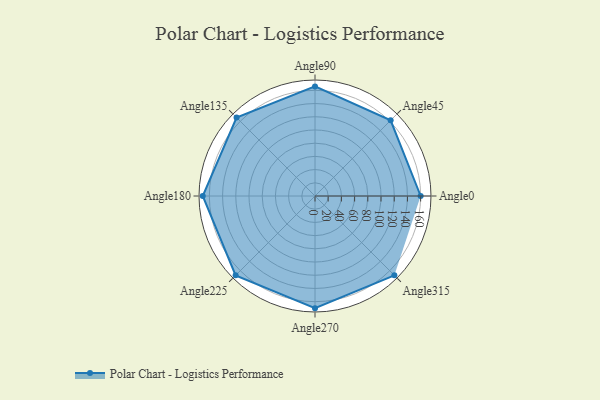
{"axis": {"x": "Angle", "y": "Radius"}, "legend": [""], "data": [{"x": "Angle0", "y": 160.0, "type": ""}, {"x": "Angle45", "y": 162.0, "type": ""}, {"x": "Angle90", "y": 166.0, "type": ""}, {"x": "Angle135", "y": 168.0, "type": ""}, {"x": "Angle180", "y": 170, "type": ""}, {"x": "Angle225", "y": 170, "type": ""}, {"x": "Angle270", "y": 170, "type": ""}, {"x": "Angle315", "y": 170, "type": ""}]}